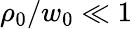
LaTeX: \rho_{0}/w_{0}\ll 1